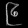
Digit: ၉